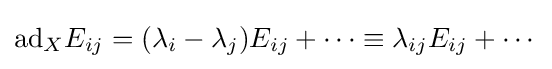
\mathrm {ad} _{X}E_{ij}=(\lambda _{i}-\lambda _{j})E_{ij}+\cdots \equiv \lambda _{ij}E_{ij}+\cdots